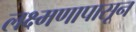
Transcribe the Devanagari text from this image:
लक्ष्मणापासून